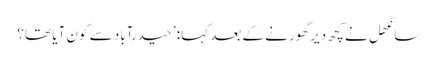
سانگھل نے کچھ دیر گھورنے کے بعد کہا: ’حیدرآباد سے کون آیا تھا؟